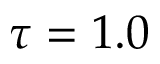
\tau = 1 . 0